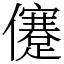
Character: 𠐻